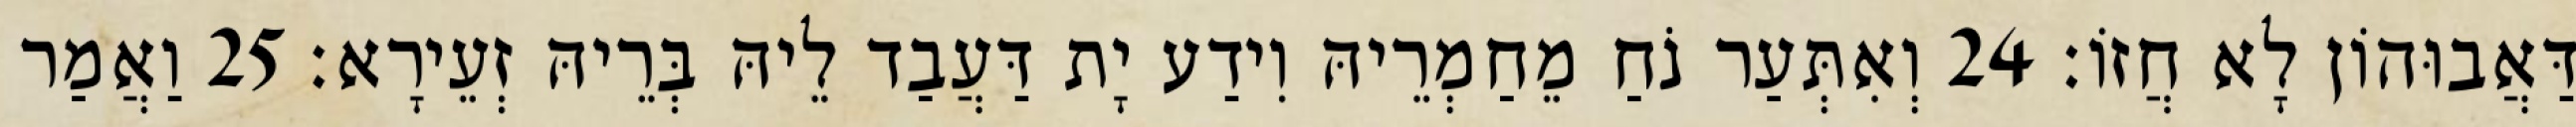
דַּאֲבוּהוֹן לָא חֲזוֹ׃ 24 וְאִתְּעַר נֹחַ מֵחַמְרֵיהּ וִידַע יָת דַּעֲבַד לֵיהּ בְּרֵיהּ זְעֵירָא׃ 25 וַאֲמַר